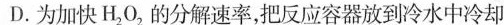
D.为加快H_{2}O_{2}的分解速率，把反应容器放到冷水中冷却